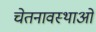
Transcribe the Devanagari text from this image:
चेतनावस्थाओं